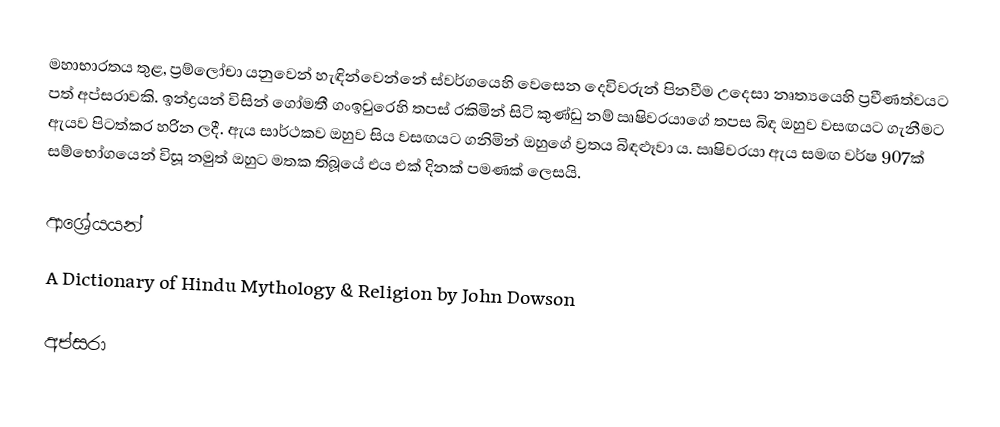
මහාභාරතය තුළ, ප්‍රම්ලෝචා යනුවෙන් හැඳින්වෙන්නේ ස්වර්ගයෙහි වෙසෙන දෙවිවරුන් පිනවීම උදෙසා නෘත්‍යයෙහි ප්‍රවීණත්වයට පත් අප්සරාවකි. ඉන්ද්‍රයන් විසින් ගෝමතී ගංඉවුරෙහි තපස් රකිමින් සිටි කුණ්ඩු නම් ඍෂිවරයාගේ තපස බිඳ ඔහුව වසඟයට ගැනීමට ඇයව පිටත්කර හරින ලදී. ඇය සාර්ථකව ඔහුව සිය වසඟයට ගනිමින් ඔහුගේ ව්‍රතය බිඳළූවා ය. ඍෂිවරයා ඇය සමඟ වර්ෂ 907ක් සම්භෝගයෙන් විසූ නමුත් ඔහුට මතක තිබූයේ එය එක් දිනක් පමණක් ලෙසයි.

ආශ්‍රේයයන්
A Dictionary of Hindu Mythology & Religion by John Dowson

අප්සරා